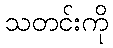
သတင်းကို